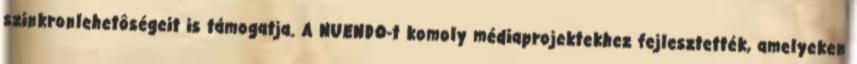
szinkronlehetôségeit is támogatja. A NUENDO-t komoly médiaprojektekhez fejlesztették, amelyeken